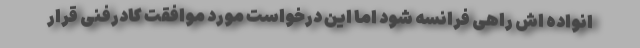
انواده اش راهی فرانسه شود اما این درخواست مورد موافقت کادرفنی قرار